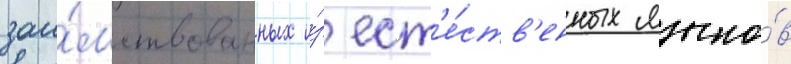
заи́мствованных и́з ест'е́ств'енных языко́в